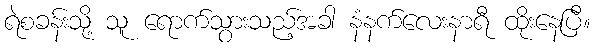
ရဲစခန်းသို့ သူ ရောက်သွားသည့်အခါ နံနက်လေးနာရီ ထိုးနေပြီ။